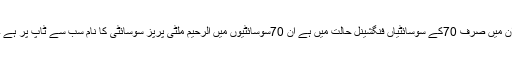
ان میں صرف 70کے سوسائٹیاں فنگشینل حالت میں ہے ان 70سوسائٹیوں میں الرحیم ملٹی پرپز سوسائٹی کا نام سب سے ٹاپ پر ہے ۔